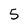
Character: 5